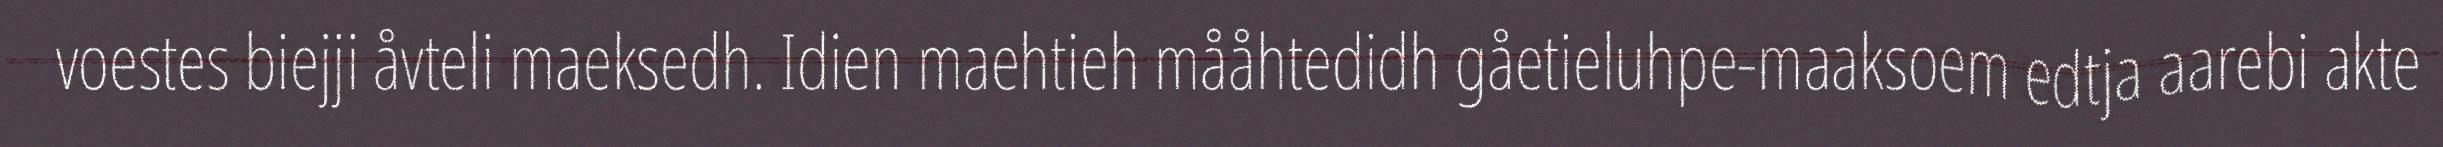
voestes biejji åvteli maeksedh. Idien maehtieh mååhtedidh gåetieluhpe-maaksoem edtja aarebi akte